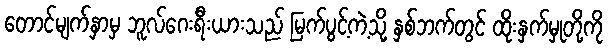
တောင်မျက်နှာမှ ဘူလ်ဂေးရီးယားသည် မြက်ပွင့်ကဲ့သို့ နှစ်ဘက်တွင် ထိုးနှက်မှုတို့ကို